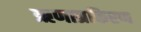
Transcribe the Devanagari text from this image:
ऋणाग्रकिरण